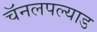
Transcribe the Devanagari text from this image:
चॅनलपल्याड